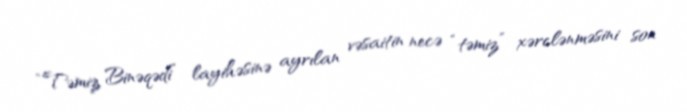
“Təmiz Binəqədi” layihəsinə ayrılan vəsaitin necə “təmiz” xərclənməsini son